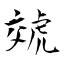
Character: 虠